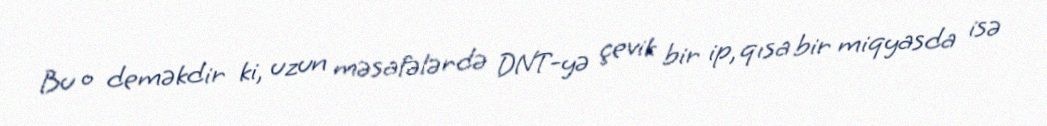
Bu o deməkdir ki, uzun məsafələrdə DNT-yə çevik bir ip, qısa bir miqyasda isə